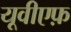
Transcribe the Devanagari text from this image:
यूवीएफ़